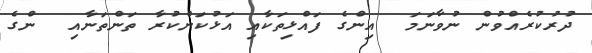
ދުރުކުރެއްވުން ނުވާނަމަ  އިންގެ ފައްޅިތަކާއި އަޅުކަންކުރާ ތަންތަނާއި  ންގެ